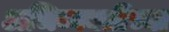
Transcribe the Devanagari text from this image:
अभिव्यक्तींच्या